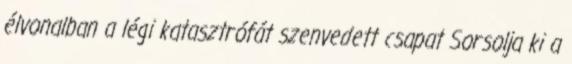
élvonalban a légi katasztrófát szenvedett csapat Sorsolja ki a